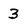
Character: 3